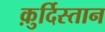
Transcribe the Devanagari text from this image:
क़ुर्दिस्तान